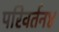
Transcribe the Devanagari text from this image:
परिवर्तन४